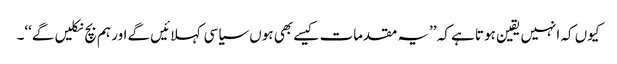
کیوں کہ انہیں یقین ہوتا ہے کہ ’’یہ مقدمات کیسے بھی ہوں سیاسی کہلائیں گے اور ہم بچ نکلیں گے‘‘۔